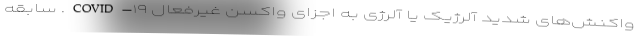
واکنش‌های شدید آلرژیک یا آلرژی به اجزای واکسن غیرفعال COVID-۱۹. سابقه